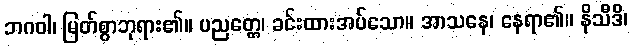
ဘဂဝါ၊ မြတ်စွာဘုရား၏။ ပညတ္တေ၊ ခင်းထားအပ်သော။ အာသနေ၊ နေရာ၏။ နိသီဒိ၊